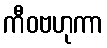
ကီဝဗဟုကာ